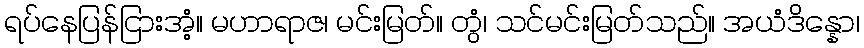
ရပ်နေပြန်ငြားအံ့။ မဟာရာဇ၊ မင်းမြတ်။ တွံ၊ သင်မင်းမြတ်သည်။ အယံဒိန္နော၊